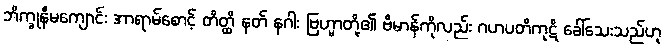
ဘိက္ခုနီမကျောင်း အာရာမ်စောင့် တိတ္ထိ နတ် နဂါး ဗြဟ္မာတို့၏ ဗိမာန်ကိုလည်း ဂဟပတိကုဋိ ခေါ်သေးသည်ဟု